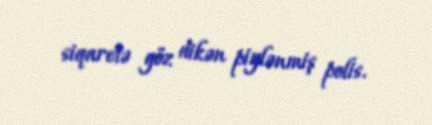
siqaretə göz dikən piylənmiş polis.